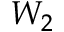
W _ { 2 }